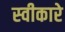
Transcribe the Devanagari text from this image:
स्‍वीकारे